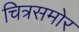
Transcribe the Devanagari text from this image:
चित्रसमोर